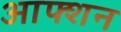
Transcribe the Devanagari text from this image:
आफ्शन